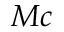
M \boldsymbol { c }